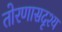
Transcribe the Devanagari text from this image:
तोरणासदृश्य